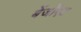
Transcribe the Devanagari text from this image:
बेंजोंएट